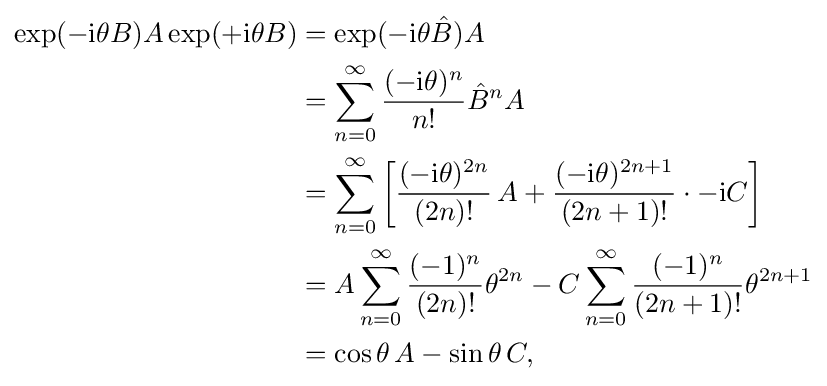
{\begin{aligned}\exp(-\mathrm {i} \theta B)A\exp(+\mathrm {i} \theta B)&=\exp(-\mathrm {i} \theta {\hat {B}})A\\&=\sum _{n=0}^{\infty }{\frac {(-\mathrm {i} \theta )^{n}}{n!}}{\hat {B}}^{n}A\\&=\sum _{n=0}^{\infty }\left[{\frac {(-\mathrm {i} \theta )^{2n}}{(2n)!}}\,A+{\frac {(-\mathrm {i} \theta )^{2n+1}}{(2n+1)!}}\cdot -\mathrm {i} C\right]\\&=A\sum _{n=0}^{\infty }{\frac {(-1)^{n}}{(2n)!}}\theta ^{2n}-C\sum _{n=0}^{\infty }{\frac {(-1)^{n}}{(2n+1)!}}\theta ^{2n+1}\\&=\cos \theta \,A-\sin \theta \,C,\end{aligned}}